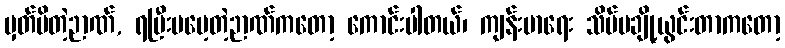
မှတ်မိတဲ့ဉာဏ်, ရပြီးမမေ့တဲ့ဉာဏ်ကတော့ ကောင်းပါတယ်၊ ကျန်းမာရေး သိပ်မချို့ယွင်းတာကတော့